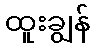
ထူးချွန်